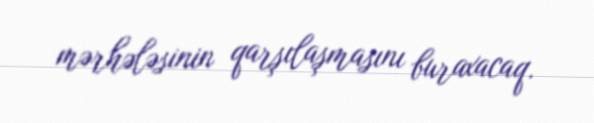
mərhələsinin qarşılaşmasını buraxacaq.